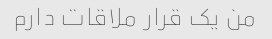
من یک قرار ملاقات دارم